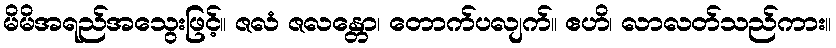
မိမိအရည်အသွေးဖြင့်။ ဇလံ ဇလန္တော၊ တောက်ပလျက်။ ဧဟိ၊ လာလတ်သည်ကား။